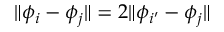
\| \phi _ { i } - \phi _ { j } \| = 2 \| \phi _ { i ^ { \prime } } - \phi _ { j } \|